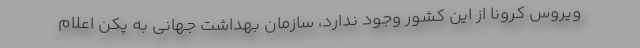
ویروس کرونا از این کشور وجود ندارد، سازمان بهداشت جهانی به پکن اعلام